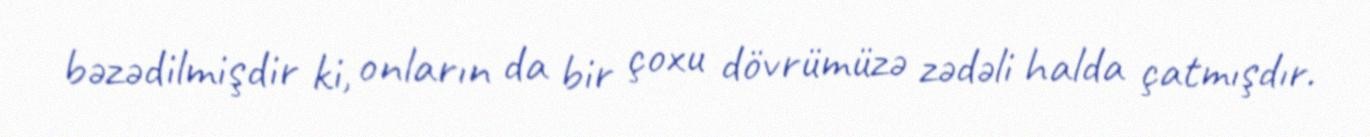
bəzədilmişdir ki, onların da bir çoxu dövrümüzə zədəli halda çatmışdır.